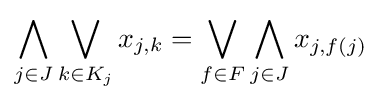
\bigwedge _{j\in J}\bigvee _{k\in K_{j}}x_{j,k}=\bigvee _{f\in F}\bigwedge _{j\in J}x_{j,f(j)}